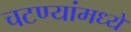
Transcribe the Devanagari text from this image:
चटण्यांमध्ये